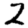
Digit: 2